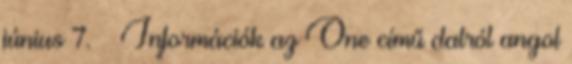
június 7. ↑ Információk az One című dalról angol